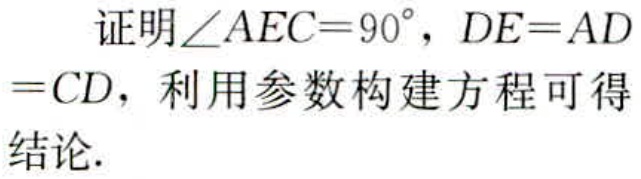
证明\(\angle AEC = 90^{\circ}\)，\(DE = AD=CD\)，利用参数构建方程可得结论.